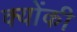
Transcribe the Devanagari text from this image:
क्‍योंकी